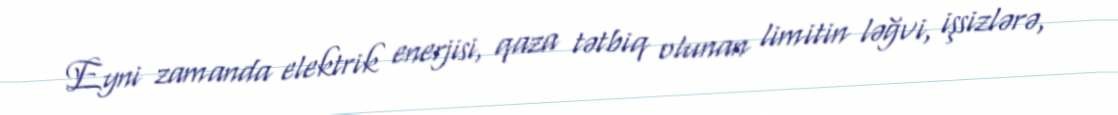
Eyni zamanda elektrik enerjisi, qaza tətbiq olunan limitin ləğvi, işsizlərə,